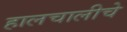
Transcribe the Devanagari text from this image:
हालचालीचे